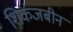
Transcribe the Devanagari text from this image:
शिकंजबीन